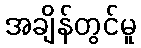
အချိန်တွင်မူ